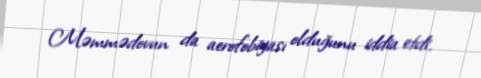
Məmmədovun da aerofobiyası olduğunu iddia etdi.